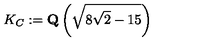
K _ { C } : = \mathrm { \bf Q } \left( \sqrt { 8 \sqrt { 2 } - 1 5 } \right)